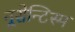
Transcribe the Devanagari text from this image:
नूसेन्टिस्म